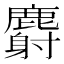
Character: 麝